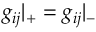
g _ { i j } { \vert } _ { + } = g _ { i j } { \vert } _ { - }